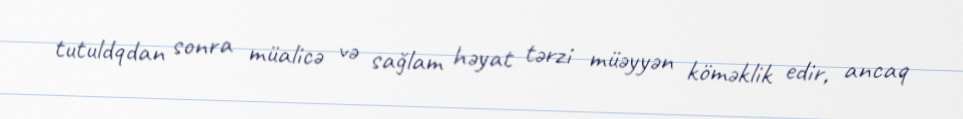
tutuldqdan sonra müalicə və sağlam həyat tərzi müəyyən köməklik edir, ancaq